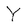
Character: Y